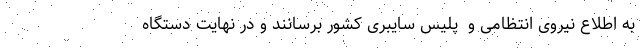
به اطلاع نیروی انتظامی و ‌ پلیس سایبری کشور برسانند و در نهایت دستگاه